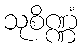
သုစိဏ္ဏံ